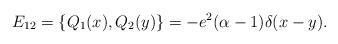
LaTeX: \begin{align*}E_{12} = \{ Q_1(x), Q_2(y) \} = -e^2(\alpha - 1)\delta(x - y).\end{align*}